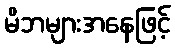
မိဘများအနေဖြင့်